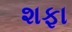
શફા